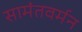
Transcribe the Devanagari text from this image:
सामंतवर्मन